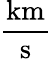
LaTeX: \frac{\mathrm{km}}{\mathrm{s}}